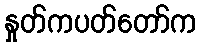
နှုတ်ကပတ်တော်က